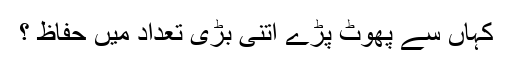
کہاں سے پھوٹ پڑے اتنی بڑی تعداد میں حفاظ ؟